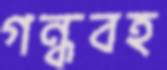
গন্ধবহ